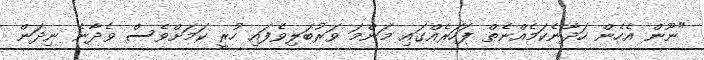
"ނޫން އެހެން ހަދާނެކަމެއްނެތް ފަހަރެއްގައި މަންމަ ވަރުބަލިވެފައި ހުރީ ކަމަށްވެސް ވެދާނެ ނިދަން